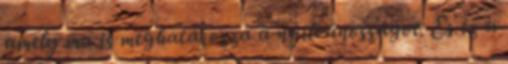
amely ma is meghatározza a nyilvánosságot. És ez a